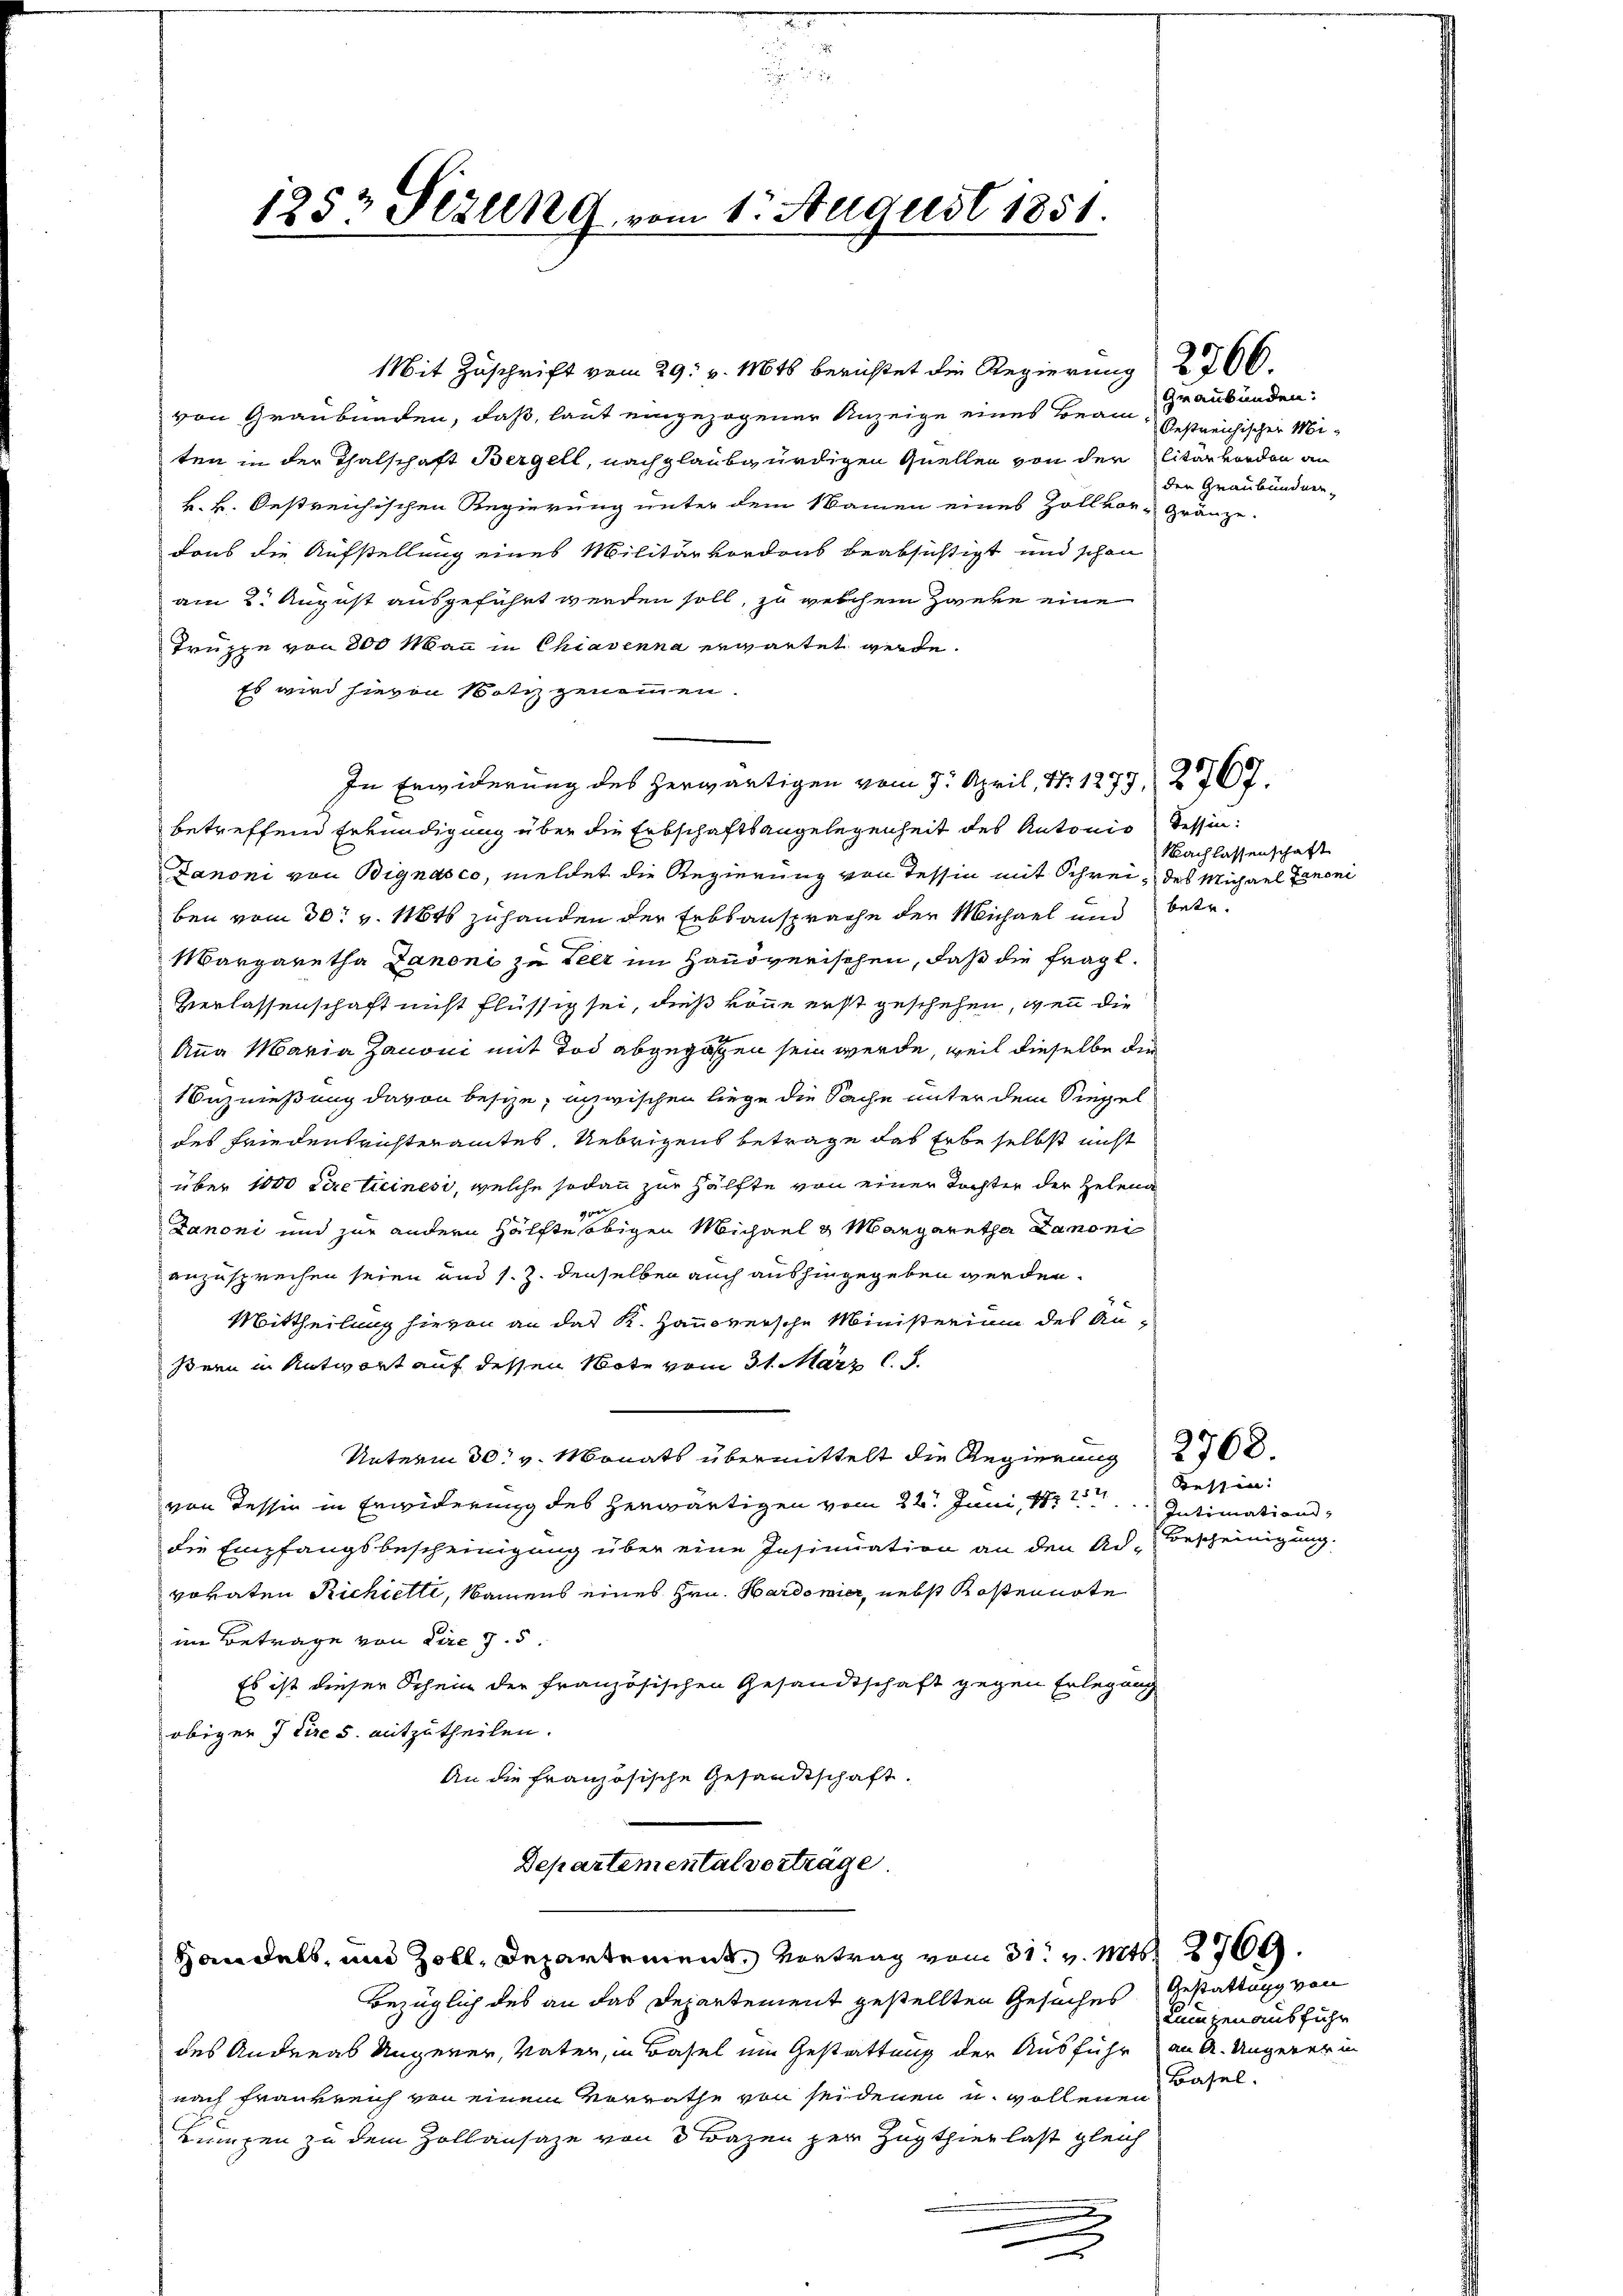
1257 Sizung vom 1. August 1851.

Mit Zuschrift vom 29. v. 1616 berichtet die Regierung 2 766.
von Graubünden, daß, laut eingezogener Anzeige eines Beam- bestreichischer Miten in der Thalschaft Bergell, nach glaubwürdigen Quellen von der litärvorden an
k. k. Oestreichischen Regierung unter dem Namen eines Zollvor- Gränze.
Daus die Aufstellung eines Militärordens beabsichtigt und schon
am 2. August ausgeführt werden soll, zu welchem Zweke eine
Truppe von 800 Mann in Chiavenna erwartet werde.
Es wird hievon Notiz genommen.
In Erwiderung des herwärtigen vom 7. April, 14. 1273, 27767.
betreffend Erkundigung über die Erbschaftsangelegenheit des Antonio Tessin:
Janoni von Bignasco, meldet die Regierung von Tessin mit Schrei- des Michael Canoni
ben vom 30t v. 1846 zuhanden der Erbsansprache der Michael und betr.
Margaretha Danoni zu Peer im Handverischen, daß die fragl.
Verlassenschaft nicht flüssig sei, dieß könne erst geschehen, wenn die
Anna Maria Zanoni mit Tod abgegangen sein werde, weil dieselbe die
Buznießung davon besize, inzwischen liege die Sache unter dem Siegel
des Friedensrichteramtes. Uebrigens betrage das Erbe selbst nicht
über 1000 tireticinesi, welche sodann zur Hälfte von einer Tochter der Helena
Danoni und zur andern Hälfte obigen Michael & Margaretha Lanoni
anzusprechen seien und s. Z. denselben auch aushingegeben werden.
Mittheilung hievon an das K. Hausversche Ministerium des Anßern in Antwort auf dessen Note vom 31. März l. J.
Unterm 30. v. Monats übermittelt die Regierung
von Tessin in Erwiderung des herwärtigen vom 22. Juni 1871. Intimation
die Empfangsbescheinigung über eine Insinuation an den Ad-Bescheinigung.
vovaten Richielte, Namens eines Hrn. Hardonier, nebst Kostennote
im Betrage von dire 7.5
Es ist dieser Schein der französischen Gesandtschaft gegen Erlegung
obiger 7 tire s. mitzutheilen.
An die französische Gesandtschaft.
Departementalverträge

Handels, und Zoll, Departement Vortrag vom 31. v. Mts. 879.

Bezüglich des an das Departement gestellten Gesuches Gestattung von
des Andreas Ungener, Vater, in Basel im Gestattung der Ausführ an A. Ungerer in
nach Frankreich von einem Verrathe von seidenen u. wollenen
Lumpen zu dem Zollansaze von 3 Bazen per Zugthier last gleich
e

Graubünden:
den Graubündner.

Nachlassenschaft

bessen:

Kumpenausfuhr
Basel.